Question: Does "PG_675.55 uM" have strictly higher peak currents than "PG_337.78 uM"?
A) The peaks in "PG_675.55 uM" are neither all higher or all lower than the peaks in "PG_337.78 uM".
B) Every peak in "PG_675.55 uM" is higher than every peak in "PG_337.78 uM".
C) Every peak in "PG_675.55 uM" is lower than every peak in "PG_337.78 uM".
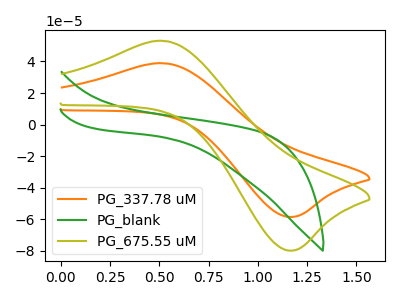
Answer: <think>The orange curve "PG_337.78 uM" has an anodic peak at (0.55V, 38.85uA) and a cathodic peak at (1.20V, -58.50uA). The green curve "PG_blank" has no peaks. The olive curve "PG_675.55 uM" has an anodic peak at (0.55V, 53.00uA) and a cathodic peak at (1.20V, -79.85uA).</think>
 <answer>B) Every peak in "PG_675.55 uM" is higher than every peak in "PG_337.78 uM".</answer>
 <eval>B</eval>